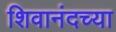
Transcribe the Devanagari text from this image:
शिवानंदच्या